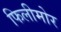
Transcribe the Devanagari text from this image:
फिलीमोर